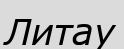
Литау